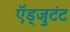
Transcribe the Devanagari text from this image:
ऍड्जुटंट